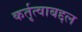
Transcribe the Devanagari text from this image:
कर्तृत्वाबद्दल